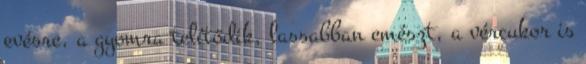
evésre, a gyomra telítődik, lassabban emészt, a vércukor is